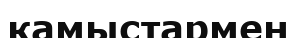
қамыстармен